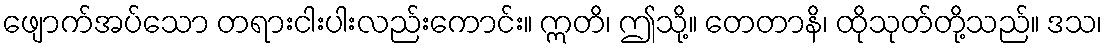
ဖျောက်အပ်သော တရားငါးပါးလည်းကောင်း။ ဣတိ၊ ဤသို့။ တေတာနိ၊ ထိုသုတ်တို့သည်။ ဒသ၊